Plague in India, 1896, 1897 - Volume 3
Year: 1896
Disease focus: Plague
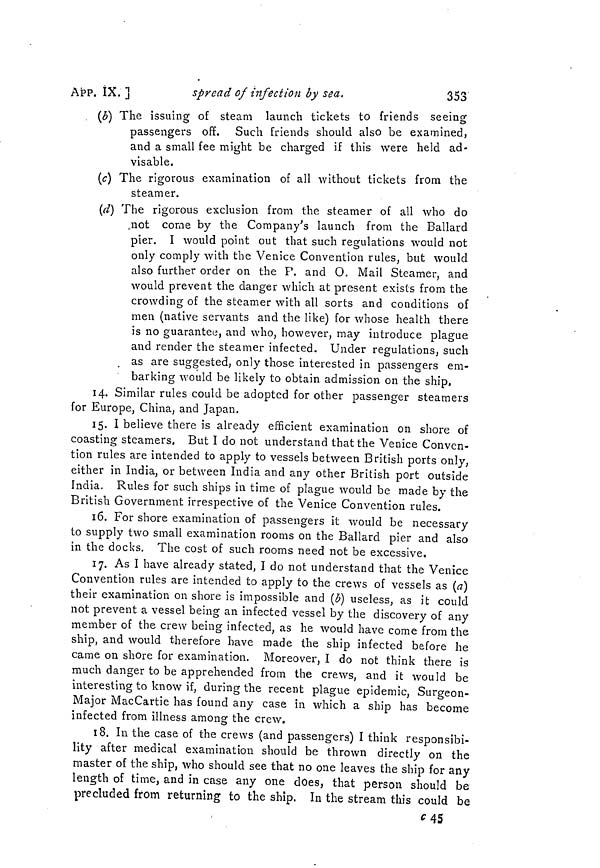
353
APP.
IX.
]
spread of infection by sea.
(b) The issuing of steam launch tickets to friends seeing
passengers off. Such friends should also be examined,
and a small fee might be charged if this were held ad-
visable.
(c) The rigorous examination of all without tickets from the
steamer.
(d) The rigorous exclusion from the steamer of all who do
„not come by the Company's launch from the Ballard
pier. I would point out that such regulations would not
only comply with the Venice Convention rules, but would
also further order on the P. and O. Mail Steamer, and
would prevent the danger which at present exists from the
crowding of the steamer with all sorts and conditions of
men (native servants and the like) for whose health there
is no guarantee, and who, however, may introduce plague
and render the steamer infected. Under regulations, such
as are suggested, only those interested in passengers em-
barking would be likely to obtain admission on the ship,
14. Similar rules could be adopted for other passenger steamers
for Europe, China, and Japan.
15. I believe there is already efficient examination on shore of
coasting steamers. But I do not understand that the Venice Conven-
tion rules are intended to apply to vessels between British ports only,
either in India, or between India and any other British port outside
India. Rules for such ships in time of plague would be made by the
British Government irrespective of the Venice Convention rules.
16. For shore examination of passengers it would be necessary
to supply two small examination rooms on the Ballard pier and also
in the docks. The cost of such rooms need not be excessive.
17. As I have already stated, I do not understand that the Venice
Convention rules are intended to apply to the crews of vessels as (a)
their examination on shore is impossible and (b) useless, as it could
not prevent a vessel being an infected vessel by the discovery of any
member of the crew being infected, as he would have come from the
ship, and would therefore have made the ship infected before he
came on shore for examination. Moreover, I do not think there is
much danger to be apprehended from the crews, and it would be
interesting to know if, during the recent plague epidemic, Surgeon-
Major MacCartie has found any case in which a ship has become
infected from illness among the crew.
18. In the case of the crews (and passengers) I think responsibi-
lity after medical examination should be thrown directly on the
master of the ship, who should see that no one leaves the ship for any
length of time, and in case any one does, that person should be
precluded from returning to the ship. In the stream this could be
c 45